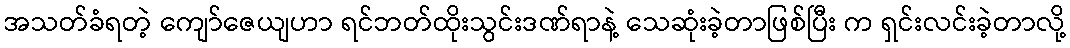
အသတ်ခံရတဲ့ ကျော်ဇေယျဟာ ရင်ဘတ်ထိုးသွင်းဒဏ်ရာနဲ့ သေဆုံးခဲ့တာဖြစ်ပြီး က ရှင်းလင်းခဲ့တာလို့